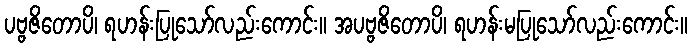
ပဗ္ဗဇိတောပိ၊ ရဟန်းပြုသော်လည်းကောင်း။ အပဗ္ဗဇိတောပိ၊ ရဟန်းမပြုသော်လည်းကောင်း။